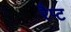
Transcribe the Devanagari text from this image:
रैप्ट